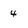
Character: 4